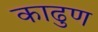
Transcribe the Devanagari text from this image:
काढुण